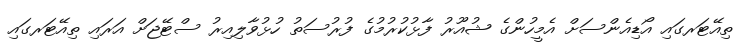
ތިއޭޓަރގައި އޯޑިއެންސަށް އެމީހުންގެ ޝުއޫރު ފާޅުކުރުމުގެ ފުރުސަތު ހުޅުވާލިއިރު ސްޓޭޖަށް އަރައި ތިއޭޓަރގައި